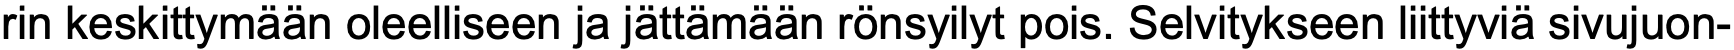
rin keskittymään oleelliseen ja jättämään rönsyilyt pois. Selvitykseen liittyviä sivujuon-